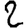
Digit: 2